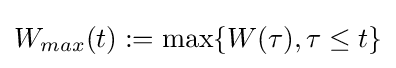
W_{max}(t):=\max\{W(\tau ),\tau \leq t\}